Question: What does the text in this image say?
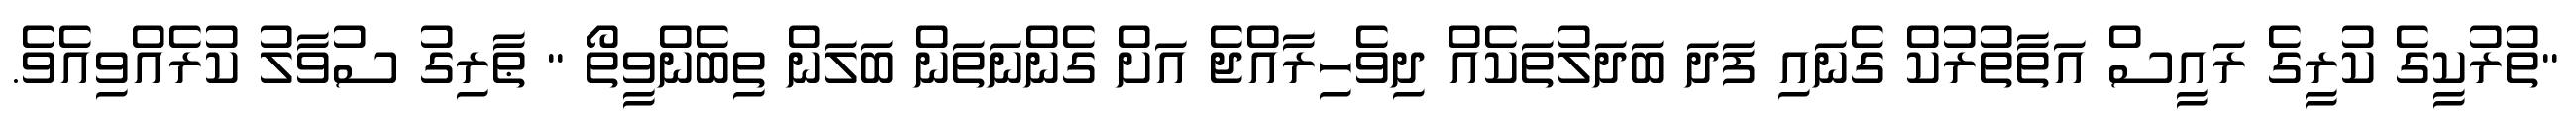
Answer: "ތުރުކީގެ ކުރީގެ ރައީސް އަތާތުރުކް ގެނައި ފަދަ ބަދަލުތަކެއް ދިވެހިރާއްޖެ އަށް ގެންނަތަން ބަލަން ތިބެންވީތޯ " ޠާރިގު ސުވާލު ކުރެއްވިއެވެ.